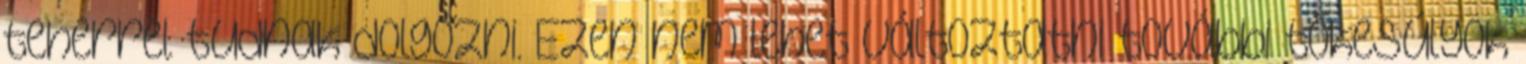
teherrel tudnak dolgozni. Ezen nem lehet változtatni további tőkesúlyok